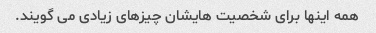
همه اینها برای شخصیت هایشان چیزهای زیادی می گویند.